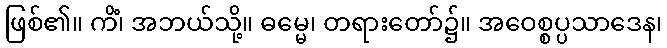
ဖြစ်၏။ ကိံ၊ အဘယ်သို့။ ဓမ္မေ၊ တရားတော်၌။ အဝေစ္စပ္ပသာဒေန၊